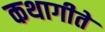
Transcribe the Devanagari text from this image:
कथागीते